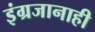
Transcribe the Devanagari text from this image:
इंग्रजानाही